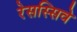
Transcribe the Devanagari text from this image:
रेसस्सिवे